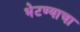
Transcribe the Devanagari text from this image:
भेटण्याचा